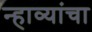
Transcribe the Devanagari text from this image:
न्हाव्यांचा